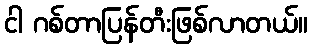
ငါ ဂစ်တာပြန်တီးဖြစ်လာတယ်။